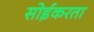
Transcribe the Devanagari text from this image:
सोईकरता